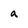
Character: a